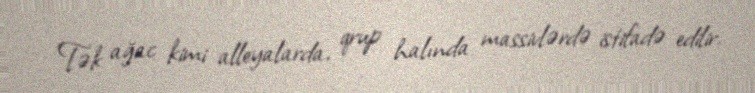
Tək ağac kimi alleyalarda, qrup halında massivlərdə istifadə edilir.